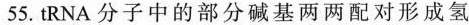
55.tRNA分子中的部分碱基两两配对形成氢